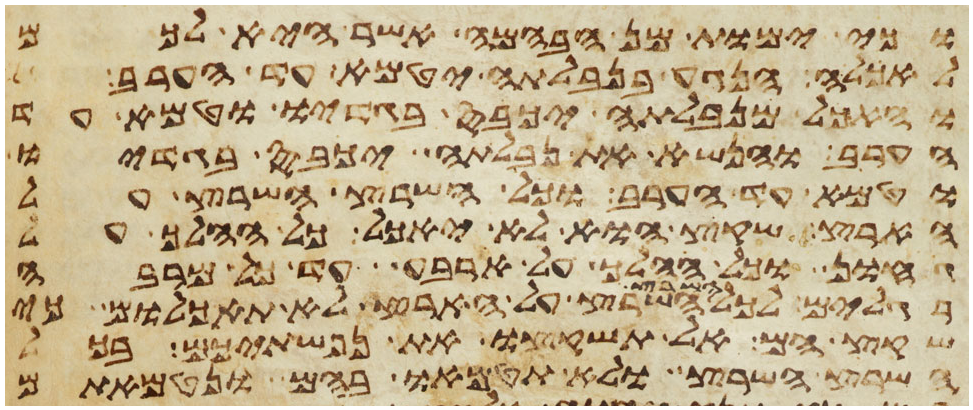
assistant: וכי ימות מן הבהמה אשר היא לכם
לאכלה הנגע בנבלתה יטמא עד הערב
והאכל מנבלתה יכבס בגדיו וטמא עד
הערב והנשא את נבלתה יכבס בגדיו
וטמא עד הערב וכל השרץ השרץ על
הארץ שקץ הוא לא יאכל כל ההלך על
גחון וכל ההלך על ארבע עד כל מרבה
רגלים לכל השרץ השרץ על הארץ לא תאכלום כי
שקץ הם אל תשקצו את נפשתיכם בכל
השרץ השרץ ולא תטמאו בהם ונטמאתם